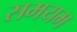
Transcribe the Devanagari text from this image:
समयम